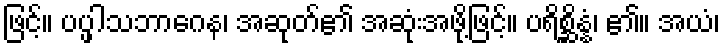
ဖြင့်။ ပပ္ဖါသဘာဂေန၊ အဆုတ်၏ အဆုံးအဖို့ဖြင့်။ ပရိစ္ဆိန္နံ၊ ၏။ အယံ၊